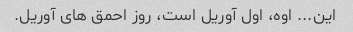
این... اوه، اول آوریل است، روز احمق های آوریل.